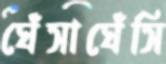
ঘেঁসাঘেঁসি